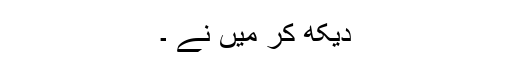
دیکھ کر میں نے ۔